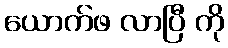
ယောက်ဖ လာပြီ ကို